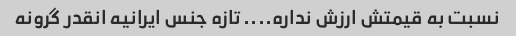
نسبت به قیمتش ارزش نداره.... تازه جنس ایرانیه انقدر گرونه